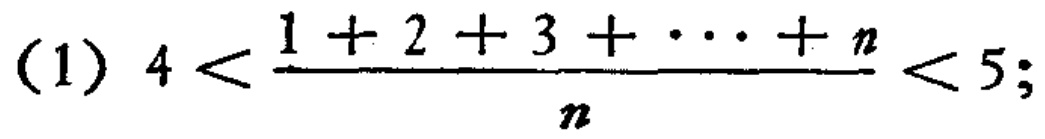
\((1)\ 4 < \frac{1 + 2 + 3 + \cdots + n}{n} < 5;\)